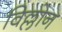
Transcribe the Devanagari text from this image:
विल्लोन